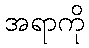
အရာကို